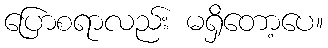
ပြောစရာလည်း မရှိတော့ပေ။